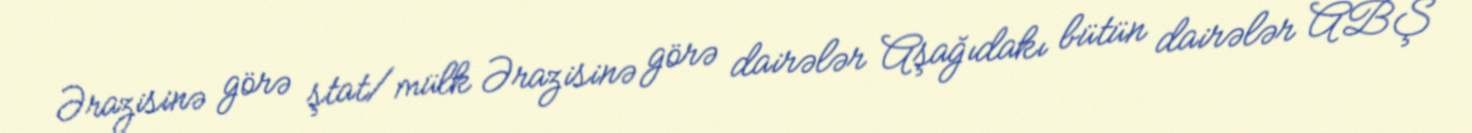
Ərazisinə görə ştat/mülk Ərazisinə görə dairələr Aşağıdakı bütün dairələr ABŞ